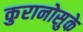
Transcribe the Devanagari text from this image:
कुरानोसुके